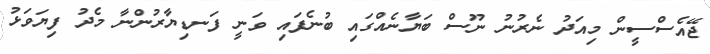
ޖޭއެސްސީން މިއަދު ނެރުނު ނޫސް ބަޔާނެއްގައި ބުނެފައި ވަނީ ފަނޑިޔާރުންނާ މެދު ފިޔަވަޅު